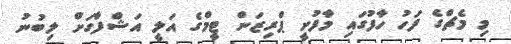
މި މެޗްގެ ފަހު ހާފުގައި މާފުށީ ޕްރިޒަން ޓީމްގެ އަލީ އަޝްފާގަށް ލިބުނު